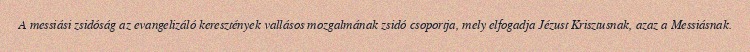
A messiási zsidóság az evangelizáló keresztények vallásos mozgalmának zsidó csoportja, mely elfogadja Jézust Krisztusnak, azaz a Messiásnak.